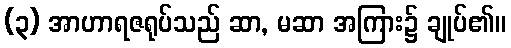
(၃) အာဟာရဇရုပ်သည် ဆာ, မဆာ အကြား၌ ချုပ်၏။